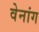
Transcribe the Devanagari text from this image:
वेनांग